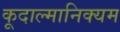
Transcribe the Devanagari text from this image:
कूदाल्मानिक्यम